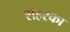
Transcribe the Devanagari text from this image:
शहरका